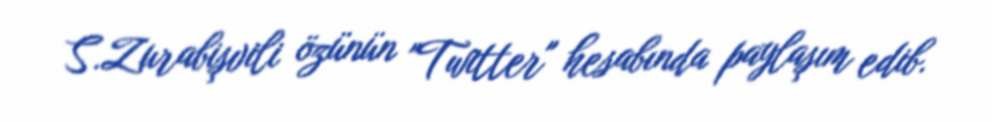
S.Zurabişvili özünün "Twitter" hesabında paylaşım edib.